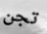
تجن